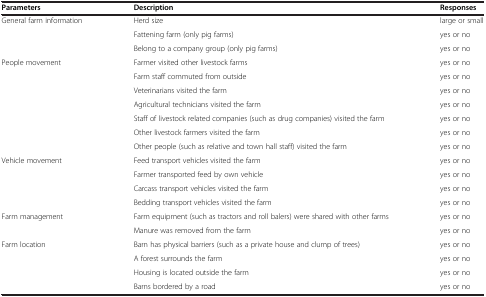
<table><thead><tr><td><b>Parameters</b></td><td><b>Description</b></td><td><b>Responses</b></td></tr></thead><tbody><tr><td>General farm information</td><td>Herd size</td><td>large or small</td></tr><tr><td> </td><td>Fattening farm (only pig farms)</td><td>yes or no</td></tr><tr><td> </td><td>Belong to a company group (only pig farms)</td><td>yes or no</td></tr><tr><td>People movement</td><td>Farmer visited other livestock farms</td><td>yes or no</td></tr><tr><td> </td><td>Farm staff commuted from outside</td><td>yes or no</td></tr><tr><td> </td><td>Veterinarians visited the farm</td><td>yes or no</td></tr><tr><td> </td><td>Agricultural technicians visited the farm</td><td>yes or no</td></tr><tr><td> </td><td>Staff of livestock related companies (such as drug companies) visited the farm</td><td>yes or no</td></tr><tr><td> </td><td>Other livestock farmers visited the farm</td><td>yes or no</td></tr><tr><td> </td><td>Other people (such as relative and town hall staff) visited the farm</td><td>yes or no</td></tr><tr><td>Vehicle movement</td><td>Feed transport vehicles visited the farm</td><td>yes or no</td></tr><tr><td> </td><td>Farmer transported feed by own vehicle</td><td>yes or no</td></tr><tr><td> </td><td>Carcass transport vehicles visited the farm</td><td>yes or no</td></tr><tr><td> </td><td>Bedding transport vehicles visited the farm</td><td>yes or no</td></tr><tr><td>Farm management</td><td>Farm equipment (such as tractors and roll balers) were shared with other farms</td><td>yes or no</td></tr><tr><td> </td><td>Manure was removed from the farm</td><td>yes or no</td></tr><tr><td>Farm location</td><td>Barn has physical barriers (such as a private house and clump of trees)</td><td>yes or no</td></tr><tr><td> </td><td>A forest surrounds the farm</td><td>yes or no</td></tr><tr><td> </td><td>Housing is located outside the farm</td><td>yes or no</td></tr><tr><td> </td><td>Barns bordered by a road</td><td>yes or no</td></tr></tbody></table>